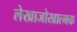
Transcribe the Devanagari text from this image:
लेखाजोखात्मक